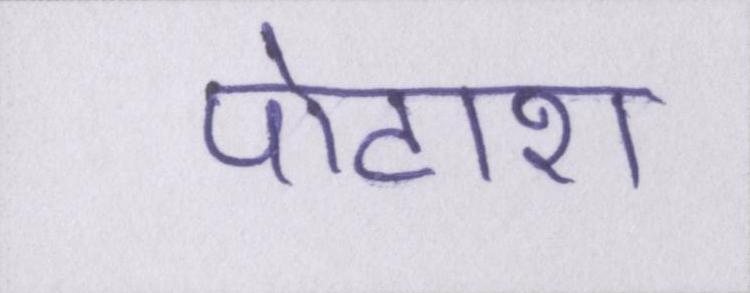
पोटाश